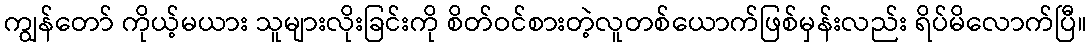
ကျွန်တော် ကိုယ့်မယား သူများလိုးခြင်းကို စိတ်ဝင်စားတဲ့လူတစ်ယောက်ဖြစ်မှန်းလည်း ရိပ်မိလောက်ပြီ။